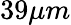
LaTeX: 39\mu m